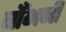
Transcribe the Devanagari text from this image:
बाँभनी